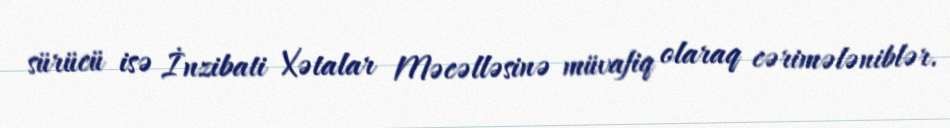
sürücü isə İnzibati Xətalar Məcəlləsinə müvafiq olaraq cərimələniblər.